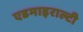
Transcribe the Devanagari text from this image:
एडमाइराल्टी